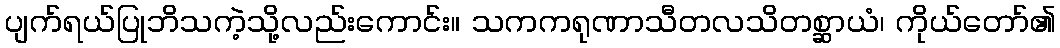
ပျက်ရယ်ပြုဘိသကဲ့သို့လည်းကောင်း။ သကကရုဏာသီတလသိတစ္ဆာယံ၊ ကိုယ်တော်၏